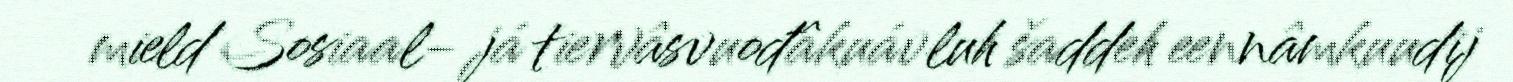
mield Sosiaal- já tiervâsvuođâkuávluh šaddeh eennâmkuudij